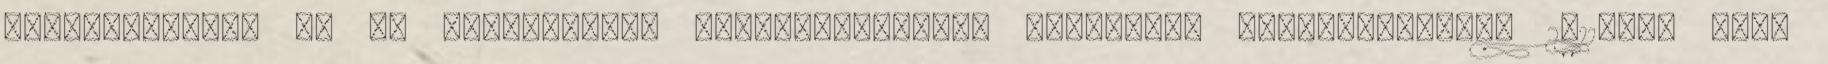
feltételekben és az adatvédelmi tájékoztatóban. Nincsenek hozzászólások. 2011-ben arra